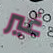
غير